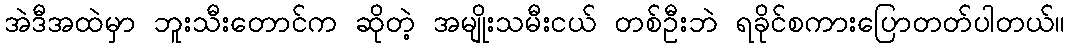
အဲဒီအထဲမှာ ဘူးသီးတောင်က ဆိုတဲ့ အမျိုးသမီးငယ် တစ်ဦးဘဲ ရခိုင်စကားပြောတတ်ပါတယ်။